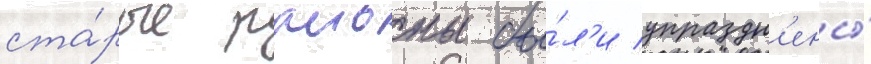
ста́рые раионы бы́л'и упраздн'ены́